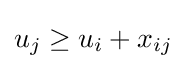
u_{j}\geq u_{i}+x_{ij}